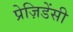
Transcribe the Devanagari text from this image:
प्रेज़िडेंसी